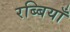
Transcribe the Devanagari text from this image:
रब्बियाँ